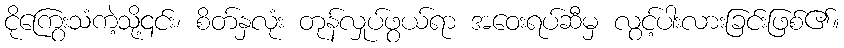
ငိုကြွေးသံကဲ့သို့၎င်း၊ စိတ်နှလုံး တုန်လှုပ်ဖွယ်ရာ အဝေးရပ်ဆီမှ လွင့်ပါးလားခြင်းဖြစ်၏။